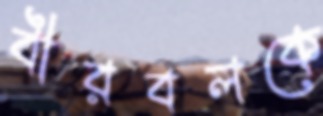
বীরবলকে